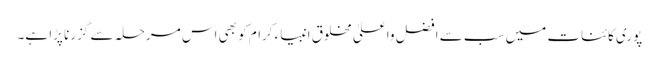
پوری کائنات میں سب سے افضل واعلیٰ مخلوق انبیاء کرام کو بھی اس مرحلہ سے گزرنا پڑا ہے۔